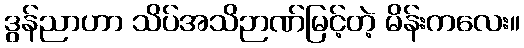
ဒွန်ညာဟာ သိပ်အသိဉာဏ်မြင့်တဲ့ မိန်းကလေး။